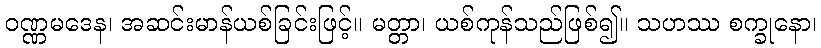
ဝဏ္ဏမဒေန၊ အဆင်းမာန်ယစ်ခြင်းဖြင့်။ မတ္တာ၊ ယစ်ကုန်သည်ဖြစ်၍။ သဟဿ စက္ခုနော၊